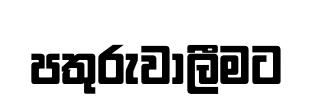
පතුරුවාලීමට